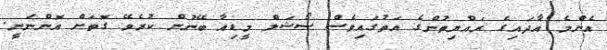
އެންމެ އާދައިގެ ރައްޔިތުންގެ އަތުގައިވެސް ސޯޝަލް މީޑިއާ ބޭނުން ކުރެވޭ ގޮތަށް އޮންނަނީ.